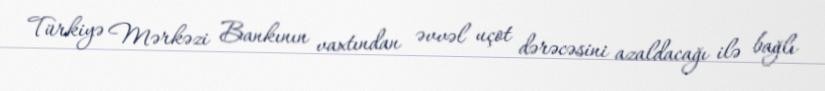
Türkiyə Mərkəzi Bankının vaxtından əvvəl uçot dərəcəsini azaldacağı ilə bağlı